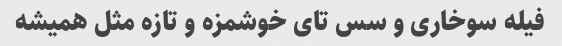
فیله سوخاری و سس تای خوشمزه و تازه مثل همیشه